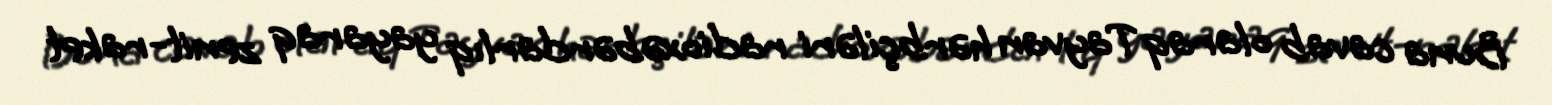
Buna cavab olaraq Tayvan hərbçiləri radioxəbərdarlıq yayaraq zenit-raket